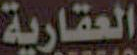
العقارية